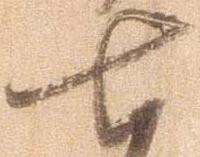
七